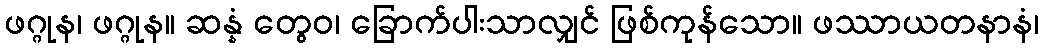
ဖဂ္ဂုန၊ ဖဂ္ဂုန။ ဆန္နံ တွေဝ၊ ခြောက်ပါးသာလျှင် ဖြစ်ကုန်သော။ ဖဿာယတနာနံ၊